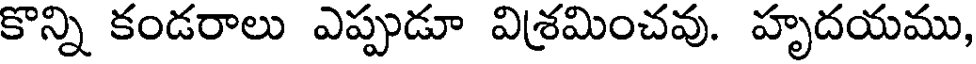
కొన్ని కండరాలు ఎప్పుడూ విశ్రమించవు. హృదయము,